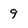
Character: 9